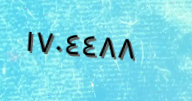
١٧٠٤٤٨٨